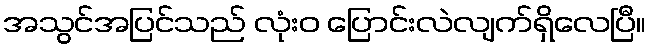
အသွင်အပြင်သည် လုံးဝ ပြောင်းလဲလျက်ရှိလေပြီ။